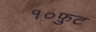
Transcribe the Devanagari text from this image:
१०फ़ुट